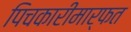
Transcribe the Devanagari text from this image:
पिचकारीमार्फत